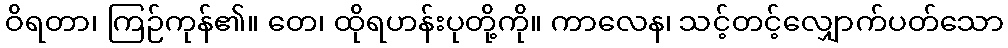
ဝိရတာ၊ ကြဉ်ကုန်၏။ တေ၊ ထိုရဟန်းပုတို့ကို။ ကာလေန၊ သင့်တင့်လျှောက်ပတ်သော